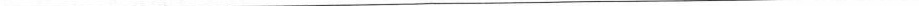
___